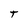
Character: T